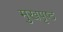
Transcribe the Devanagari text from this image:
मुखपृष्‍ठ